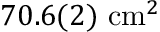
7 0 . 6 ( 2 ) ~ \mathrm { c m } ^ { 2 }